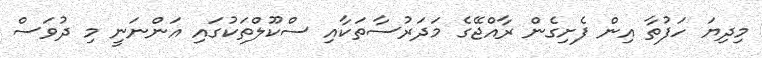
މިދިޔަ ހަފުތާ އިން ފެށިގެން ރާއްޖޭގެ މަދަރުސާތަކާއި ސްކޫލްތަކުގައި އަންނަނީ މި ދުވަސް